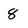
Character: 8